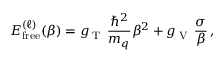
E _ { \mathrm { f r e e } } ^ { ( \ell ) } ( \beta ) = g _ { \mathrm { \tiny ~ T ~ } } \, \frac { \hbar ^ { 2 } } { m _ { q } } \beta ^ { 2 } + g _ { \mathrm { \tiny ~ V ~ } } \, \frac { \sigma } { \beta } \, ,